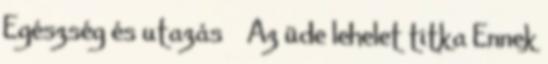
Egészség és utazás › Az üde lehelet titka Ennek